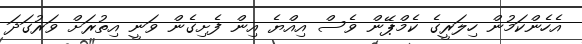
އެހެންކަމުން ހިލަރީގެ ކެމްޕޭން ވެސް އިއްޔެ އިން ފެށިގެން ވަނީ އިތުރަށް ވަރުގަދަ